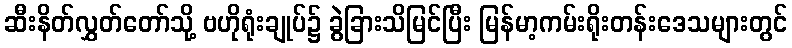
ဆီးနိတ်လွှတ်တော်သို့ ဗဟိုရုံးချုပ်၌ ခွဲခြားသိမြင်ပြီး မြန်မာ့ကမ်းရိုးတန်းဒေသများတွင်